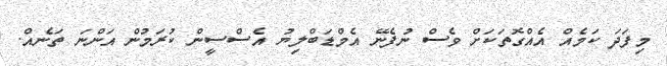
މިފަދަ ކަމެއް އެއްގޮތަކަށް ވެސް ނުފެނޭ އެމްޑަބްލިޔު އެސްސީން ކުރަމުން އަންނަ ތަނެއް.